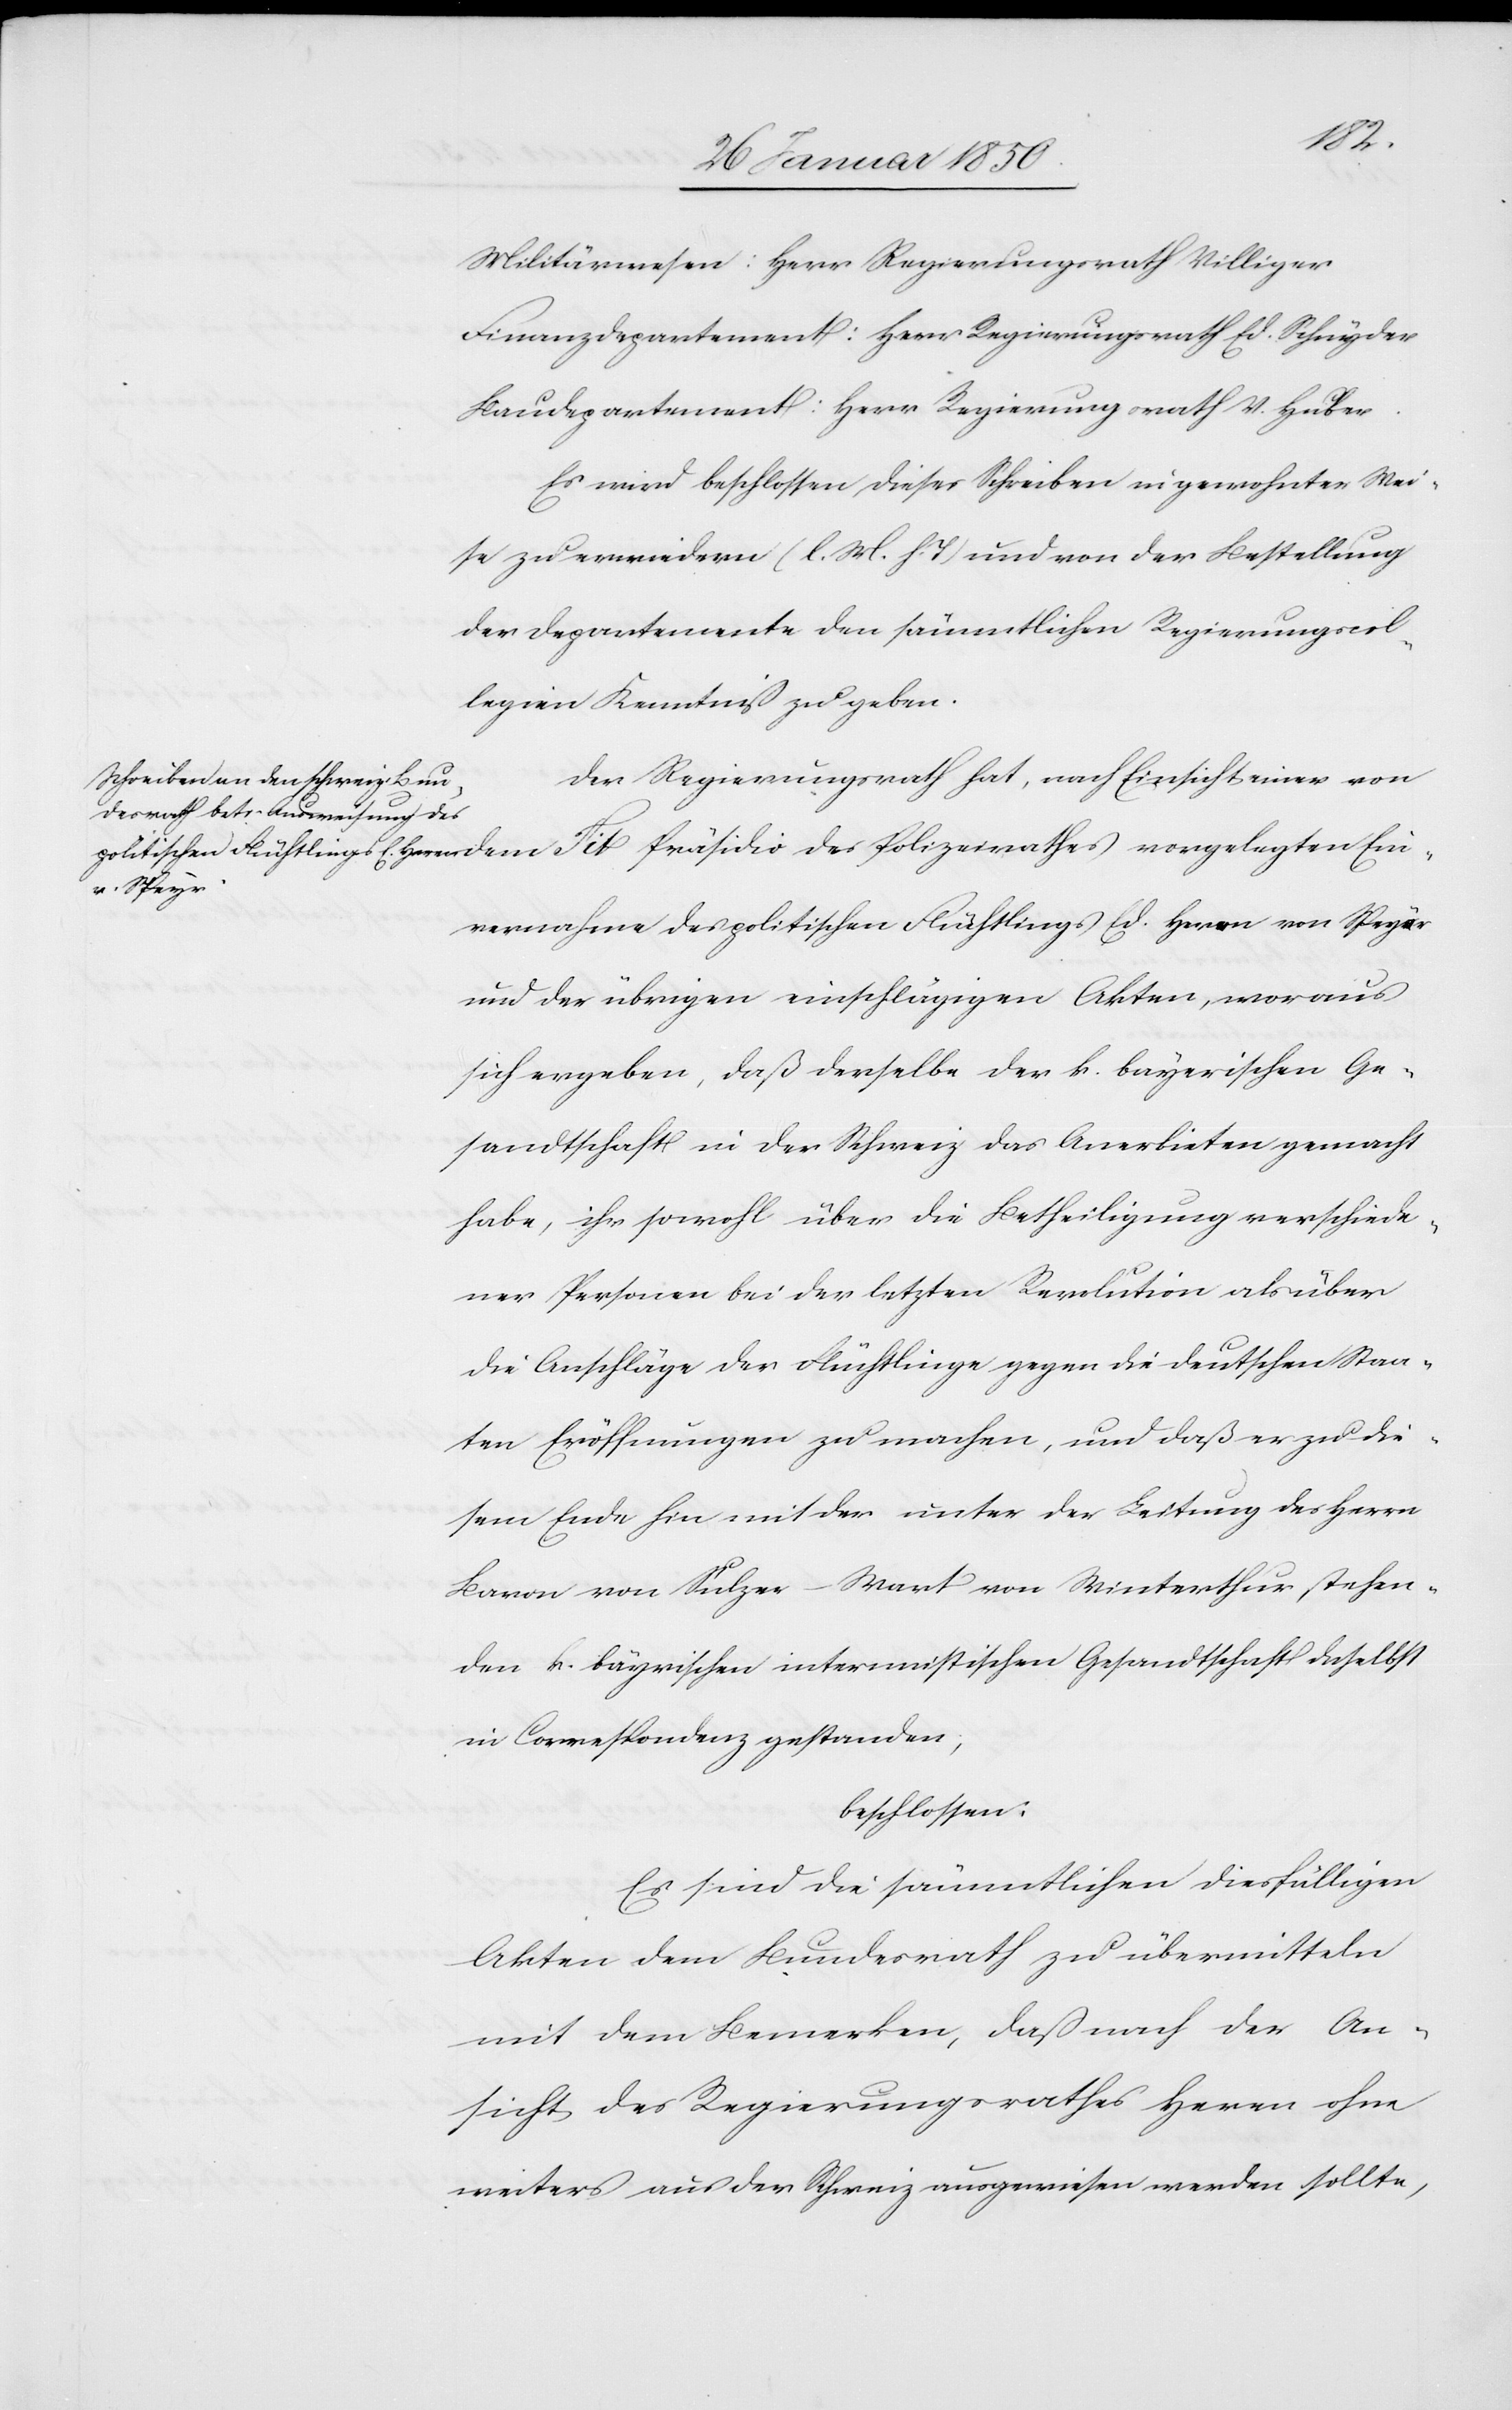
Militärwesen: Herr Regierungsrath Villiger
Finanzdepartement: Herr Regierungsrath Ed. Schnyder
Baudepartement: Herr Regierungsrath V. Huber
Es wird beschlossen dieses Schreiben in gewohnter Wei¬
se zu erwiedern (l. M. h. T.) und von der Bestellung
der Departemente den sämmtlichen Regierungcol¬
legien Kenntniß zu geben.
Der Regierungsrath hat, nach Einsicht einer von
Ein¬
vernahme des politischen Flüchtlings Ed. Heren von Speyer
und der übrigen einschlägigen Akten, woraus
sich ergeben, daß derselbe der k. bayerischen Ge¬
sandtschaft in der Schweiz das Anerbieten gemacht
habe, sich sowohl über die Betheiligung verschiede¬
ner Personen bei der letzten Revolution als über
die Anschläge der Flüchtlinge gegen die Deutschen Staa¬
ten Eröffnungen zu machen, und daß er zu die¬
sem Ende hin mit der unter der Leitung des Herrn
Baron von Sulzer-Wart von Winterthur stehen¬
den k. bayrischen interimistischen Gesandtschaft daselbst
in Correspondenz gestanden;
beschlossen:
Es sind die sämmtlichen diesfälligen
Akten dem Bundesrath zu übermitteln
mit dem Bemerken, daß nach der An¬
sicht des Regierungsrathes Heren ohne
weiters aus der Schweiz ausgewiesen werden sollte,